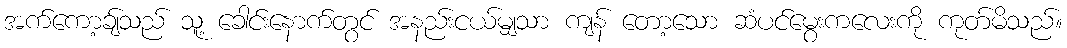
အက်ကော့ချ်သည် သူ့ ခေါင်းနောက်တွင် အနည်းငယ်မျှသာ ကျန် တော့သော ဆံပင်မွေးကလေးကို ကုတ်မိသည်။